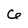
Character: 6